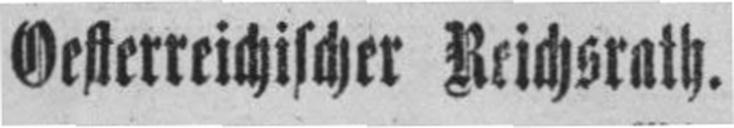
Gesterreichischer Ftichsrath.